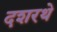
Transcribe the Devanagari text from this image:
दशरथे